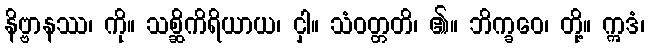
နိဗ္ဗာနဿ၊ ကို။ သစ္ဆိကိရိယာယ၊ ငှါ။ သံဝတ္တတိ၊ ၏။ ဘိက္ခဝေ၊ တို့။ ဣဒံ၊